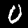
Label: 0